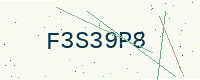
Text: F3S39P8